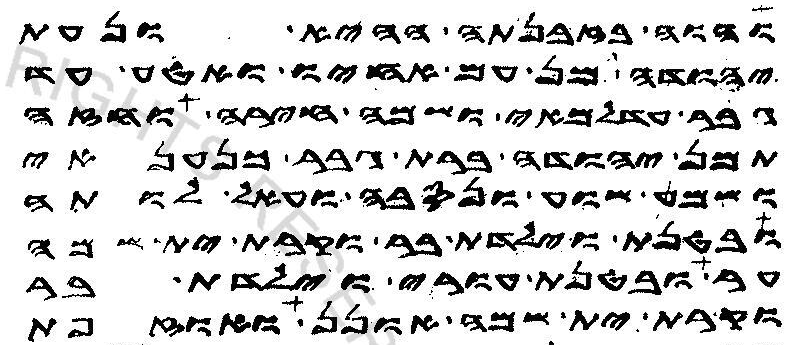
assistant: והוה בזבנתה ההיא ונעת
יהודה מן עם אחיו ואטע עד
גבר עדלמאי ושמה חירה וחזה
תמן יהודה ברת גבר כנענאי
ושמע שוע ונסבה ועאל לותה
ובטנת וילדת בר וקרת ית שמה
ער ובטנת עורי וילדת בר
וקרת ית שמה אונן ואוזפת